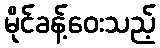
မိုင်ခန့်ဝေးသည့်